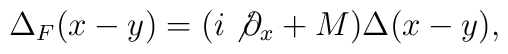
\Delta_{F}(x-y)=(i\not{\partial}_{x}+M)\Delta(x-y),